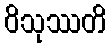
ဝိသုဿတိ